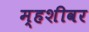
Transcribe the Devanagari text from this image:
म्हशीवर